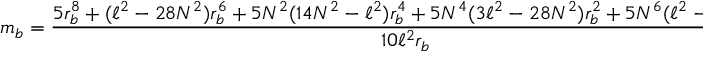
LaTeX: m _ { b } = \frac { 5 r _ { b } ^ { 8 } + ( \ell ^ { 2 } - 2 8 N ^ { 2 } ) r _ { b } ^ { 6 } + 5 N ^ { 2 } ( 1 4 N ^ { 2 } - \ell ^ { 2 } ) r _ { b } ^ { 4 } + 5 N ^ { 4 } ( 3 \ell ^ { 2 } - 2 8 N ^ { 2 } ) r _ { b } ^ { 2 } + 5 N ^ { 6 } ( \ell ^ { 2 } - 7 N ^ { 2 } ) } { 1 0 \ell ^ { 2 } r _ { b } }